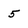
Character: 5